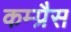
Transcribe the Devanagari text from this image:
कम्प्रैस